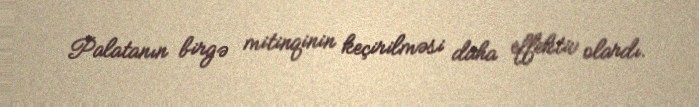
Palatanın birgə mitinqinin keçirilməsi daha effektiv olardı.